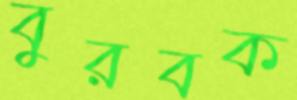
বুরবক